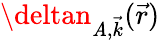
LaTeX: \deltan_{\mathit{A},\vec{{k}}}(\vec{{r}})